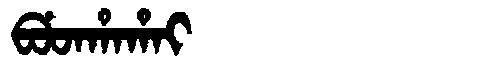
Manchu: ᠪᡠᡨᡥᠠᡥᠠᡳ
Romanization: BUTHAHAI